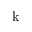
\mathrm { k }